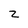
Character: 2